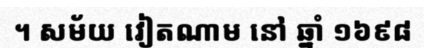
។ សម័យ វៀតណាម នៅ ឆ្នាំ ១៦៩៨